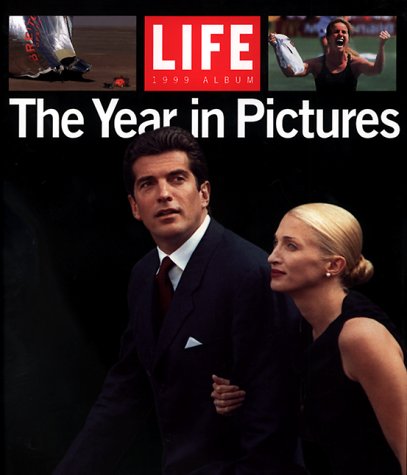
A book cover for Life Year in Pictures: The 1999 Album; The Editors of Life Magazine; Humor & Entertainment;